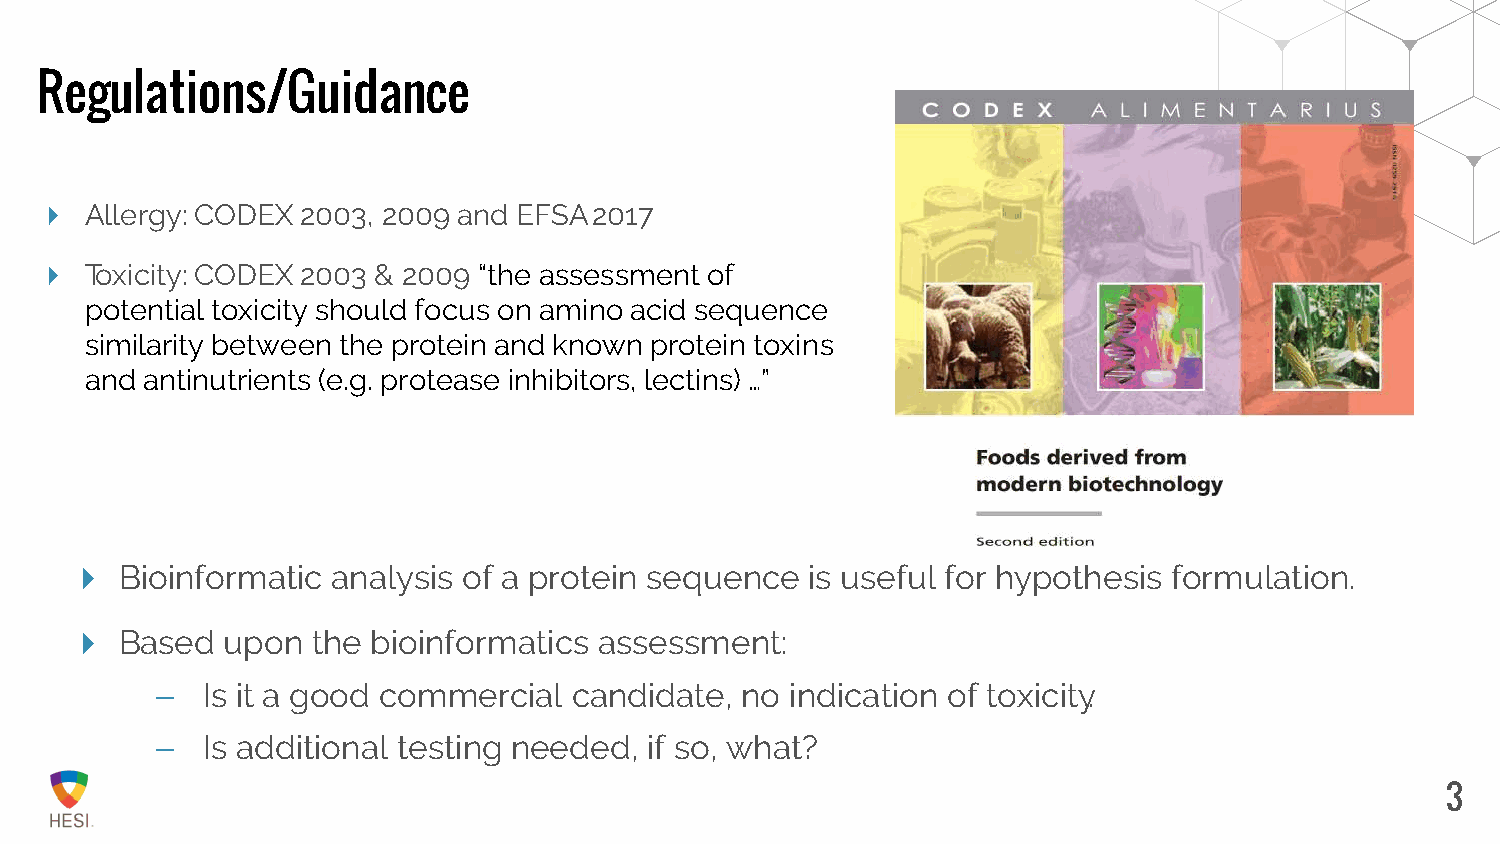
Regulations/Guidance
    Allergy: CODEX 2003, 2009 and EFSA 2017
    Toxicity: CODEX 2003 & 2009 “the assessment of
 potential toxicity should focus on amino acid sequence
 similarity between the protein and known protein toxins
 and antinutrients (e.g. protease inhibitors, lectins) …”
   Bioinformatic analysis of a protein sequence  is useful for hypothesis formulation.
   Based  upon  the bioinformatics assessment:
 –  Is it a good commercial  candidate, no indication of toxicity.
 –  Is additional testing needed, if so, what?
 3